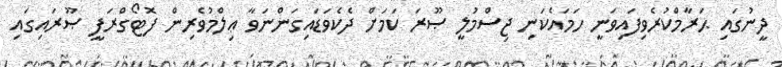
ދީނުގައި ޙަރާމްކުރެވިފައިވަނީ ހަމައެކަނި ޖިސްމުލީ ޞޫރަ ކަމަށް ދެކެވަޑައިގަންނަވާ ޢިލްމުވެރިން ފޮޓޯގްރަފީ ޞޫރައިގައި